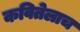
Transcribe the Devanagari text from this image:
कवितेलाच